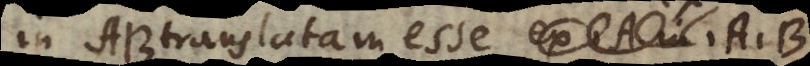
in AB translatam esse ex A B